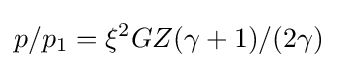
p/p_{1}=\xi ^{2}GZ(\gamma +1)/(2\gamma )